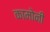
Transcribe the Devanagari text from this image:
कामोनी